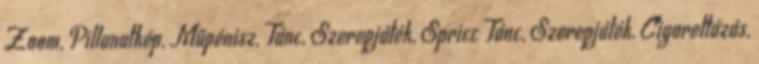
Zoom, Pillanatkép, Műpénisz, Tánc, Szerepjáték, Spricc Tánc, Szerepjáték, Cigarettázás,